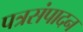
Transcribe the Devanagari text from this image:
पत्रसंपादन